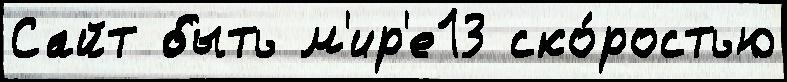
Сайт быть м'ир'е13 ско́ростью